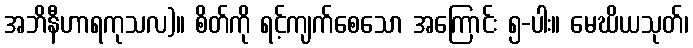
အဘိနီဟာရကုသလ)။ စိတ်ကို ရင့်ကျက်စေသော အကြောင်း ၅-ပါး။ မေဃိယသုတ်၊